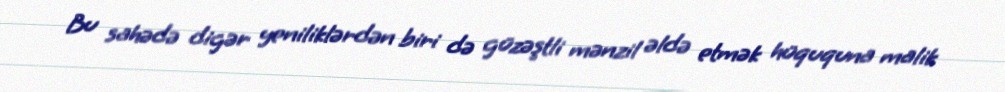
Bu sahədə digər yeniliklərdən biri də güzəştli mənzil əldə etmək hüququna malik